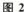
图2